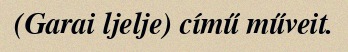
(Garai ljelje) című műveit.